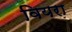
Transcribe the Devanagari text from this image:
वियरा